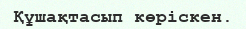
Құшақтасып көрiскен.